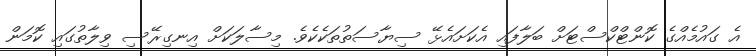
އެ ގައުމެއްގެ ކޮންޓްކްސްޓަށް ބަލާފައި އެކަށައެޅޭ ސިޔާސަތުތަކެކެވެ. މިސާލަކަށް އިނގިރޭސި ވިލާތުގައި ކޮމަން